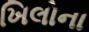
ખિલોના